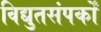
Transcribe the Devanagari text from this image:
विद्युतसंपर्कों